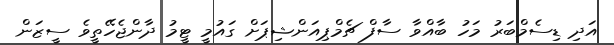
އަދި ޑިސެމްބަރު މަހު ބާއްވާ ސާފް ޗެމްޕިއަންޝިޕަށް ގައުމީ ޓީމު ދާންޖެހޭތީވެ ސީޒަން